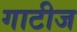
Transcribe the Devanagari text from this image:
गाटीज